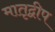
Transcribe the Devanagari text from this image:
मातृद्वीप